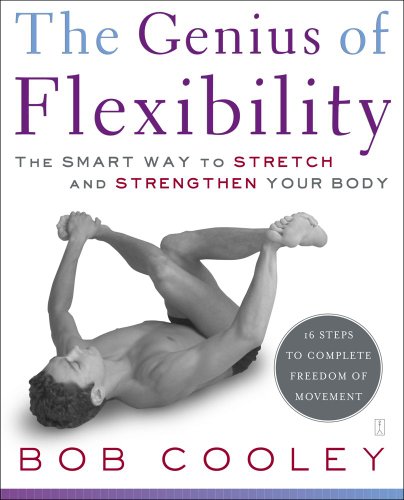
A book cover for The Genius of Flexibility: The Smart Way to Stretch and Strengthen Your Body; Robert Donald Cooley; Health, Fitness & Dieting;